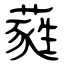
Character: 蕤